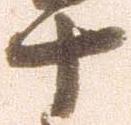
十